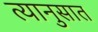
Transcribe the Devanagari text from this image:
त्यानुसात